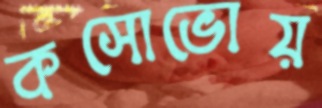
কসোভোয়